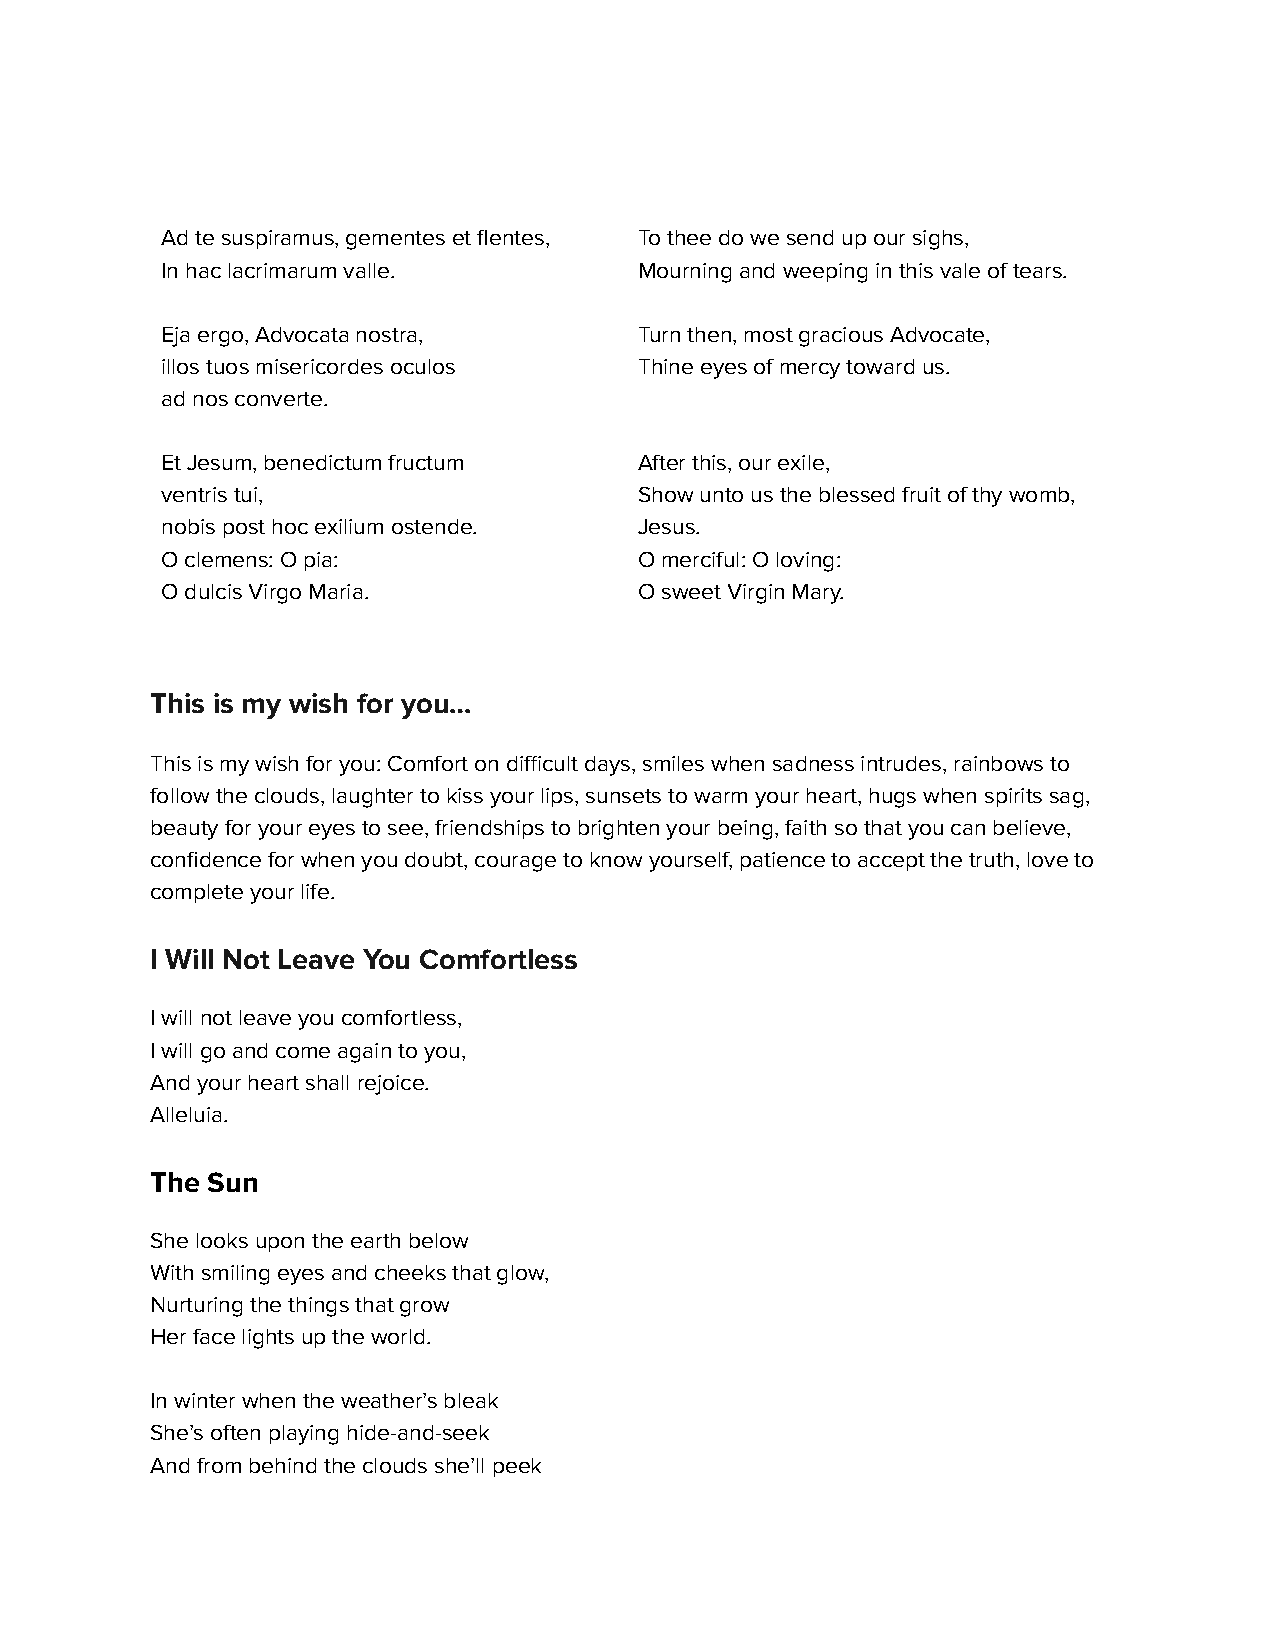
Ad te suspiramus, gementes et flentes, To thee do we send up our sighs,
 In hac lacrimarum valle.       Mourning and weeping in this vale of tears.
 Eja ergo, Advocata nostra,     Turn then, most gracious Advocate,
 illos tuos misericordes oculos Thine eyes of mercy toward us.
 ad nos converte.
 Et Jesum, benedictum fructum   After this, our exile,
 ventris tui,                   Show unto us the blessed fruit of thy womb,
 nobis post hoc exilium ostende. Jesus.
 O clemens: O pia:              O merciful: O loving:
 O dulcis Virgo Maria.          O sweet Virgin Mary.
 This is my wish for you…
 This is my wish for you: Comfort on difficult days,smiles when sadness intrudes, rainbows to
 follow the clouds, laughter to kiss your lips, sunsetsto warm your heart, hugs when spirits sag,
 beauty for your eyes to see, friendships to brightenyour being, faith so that you can believe,
 confidence for when you doubt, courage to know yourself,patience to accept the truth, love to
 complete your life.
 I Will Not Leave You Comfortless
 I will not leave you comfortless,
 I will go and come again to you,
 And your heart shall rejoice.
 Alleluia.
 The Sun
 She looks upon the earth below
 With smiling eyes and cheeks that glow,
 Nurturing the things that grow
 Her face lights up the world.
 In winter when the weather’s bleak
 She’s often playing hide-and-seek
 And from behind the clouds she’ll peek